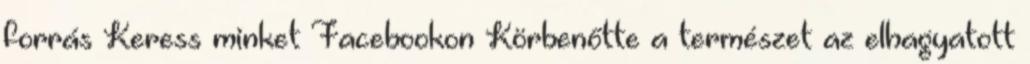
forrás Keress minket Facebookon Körbenőtte a természet az elhagyatott